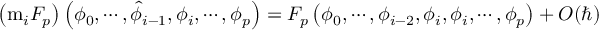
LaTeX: \left( \mathrm { m } _ { i } F _ { p } \right) \left( \phi _ { 0 } , \cdots , \hat { \phi } _ { i - 1 } , \phi _ { i } , \cdots , \phi _ { p } \right) = F _ { p } \left( \phi _ { 0 } , \cdots , \phi _ { i - 2 } , \phi _ { i } , \phi _ { i } , \cdots , \phi _ { p } \right) + O ( \hbar )